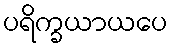
ပရိက္ခယာယပေ